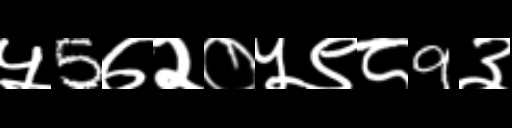
Text: ५5७२०५९८9३